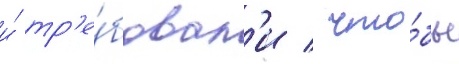
и́ тр'е́бовал'и / что́бы